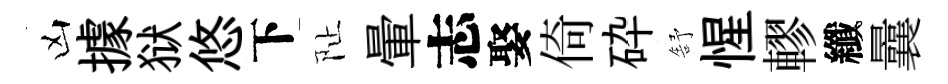
凶據狱悠下阯暈志娶倚砕舒惺轇纖曩